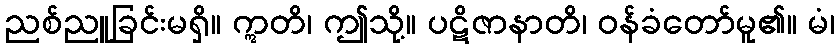
ညစ်ညူခြင်းမရှိ။ ဣတိ၊ ဤသို့။ ပဋိဇာနာတိ၊ ဝန်ခံတော်မူ၏။ မံ၊